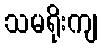
သမရိုးကျ